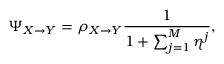
\Psi _ { X \to Y } = \rho _ { X \to Y } \frac { 1 } { 1 + \sum _ { j = 1 } ^ { M } \eta ^ { j } } ,